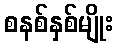
စနစ်နှစ်မျိုး